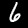
Label: 6